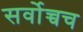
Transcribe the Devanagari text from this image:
सर्वोच्चच